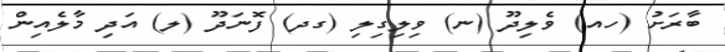
ބާރަށު (ހއ) ވެލިދޫ (ނ) ވިލިގިލި (ގދ) ފޮނަދޫ (ލ) އަދި މާލެއިން